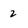
Character: 2